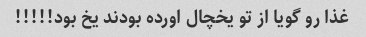
غذا رو گویا از تو یخچال اورده بودند یخ بود!!!!!